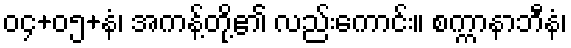
၀၄+၀၅+နံ၊ အကန့်တို့၏ လည်းကောင်း။ စက္ကာနာဘီနံ၊